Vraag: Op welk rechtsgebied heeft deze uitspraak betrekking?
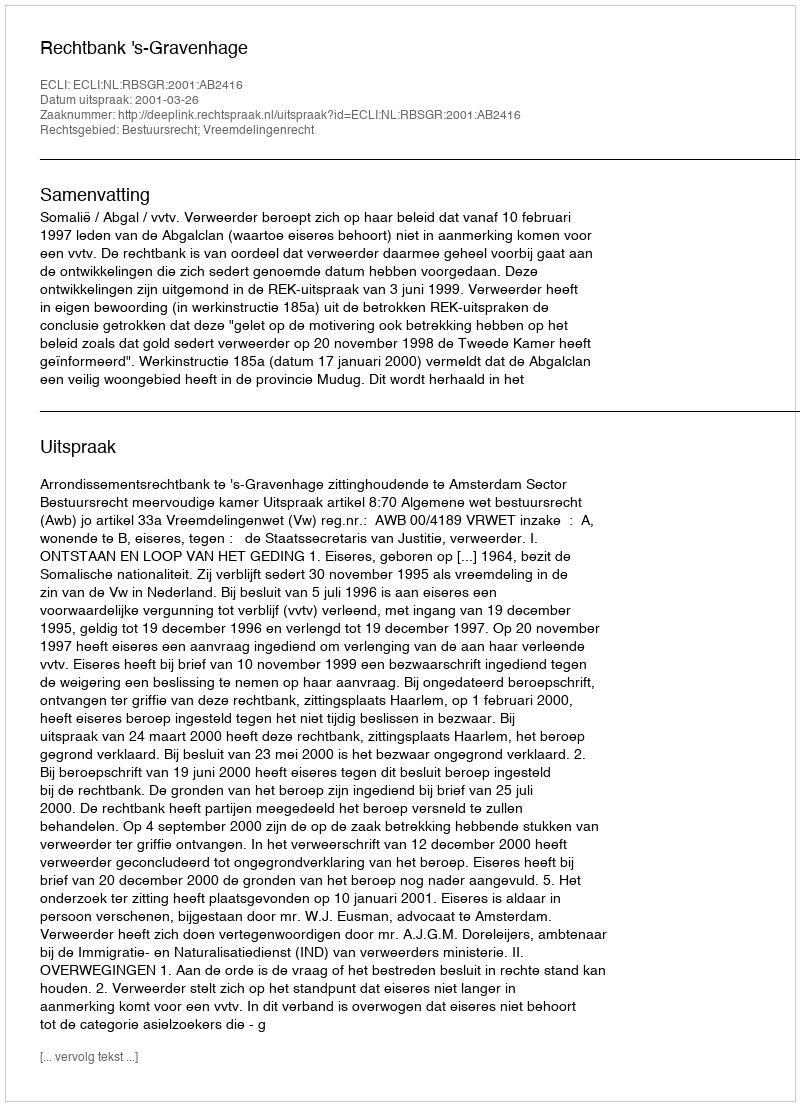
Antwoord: Bestuursrecht; Vreemdelingenrecht